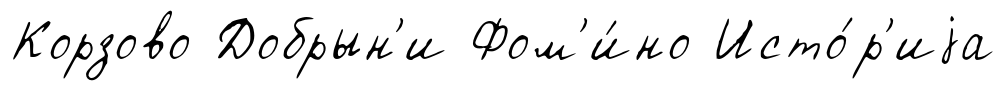
Корзово Добрын'и Фом'и́но Исто́р'иjа